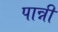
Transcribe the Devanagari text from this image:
पान्नी